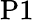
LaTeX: \mathrm{P1}